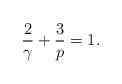
LaTeX: \begin{align*} \frac{2}{\gamma} + \frac{3}{p} = 1.\end{align*}